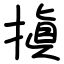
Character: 搷